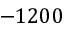
- 1 2 0 0